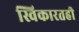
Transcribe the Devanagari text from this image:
स्विकारतही